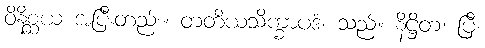
ဝိနိစ္ဆယ အပြီးတည်း။ တတိယသိက္ခာပဒံ၊ သည်။ နိဋ္ဌိတံ၊ ပြီ၊